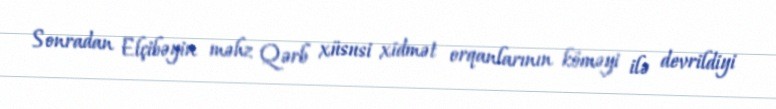
Sonradan Elçibəyin məhz Qərb xüsusi xidmət orqanlarının köməyi ilə devrildiyi